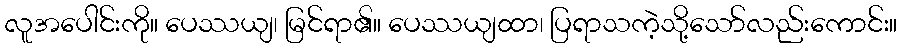
လူအပေါင်းကို။ ပေဿယျ၊ မြင်ရာ၏။ ပေဿယျထာ၊ ပြရာသကဲ့သို့သော်လည်းကောင်း။